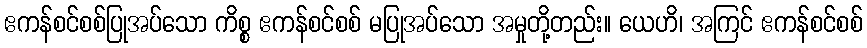
ဧကန်စင်စစ်ပြုအပ်သော ကိစ္စ ဧကန်စင်စစ် မပြုအပ်သော အမှုတို့တည်း။ ယေဟိ၊ အကြင် ဧကန်စင်စစ်